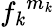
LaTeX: {f_{\mathit{k}}}^{m_{\mathit{k}}}